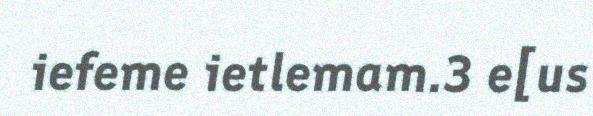
iefeme ietlemam.3 e[us